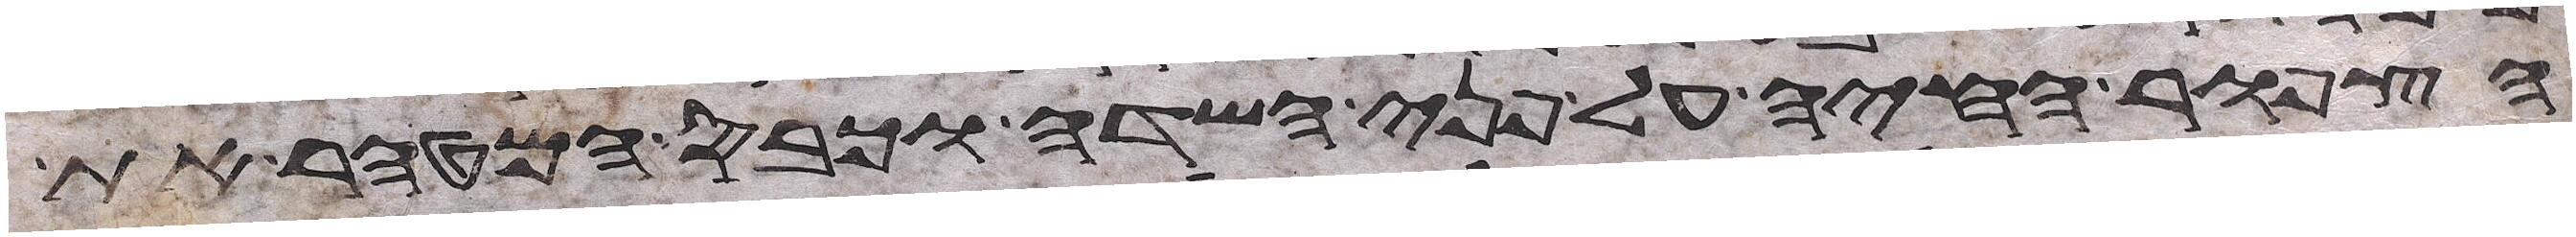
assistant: הצפור החיה על פני השדה וכבס המטהר את